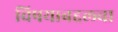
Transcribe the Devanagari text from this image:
विषयाबद्दलचा